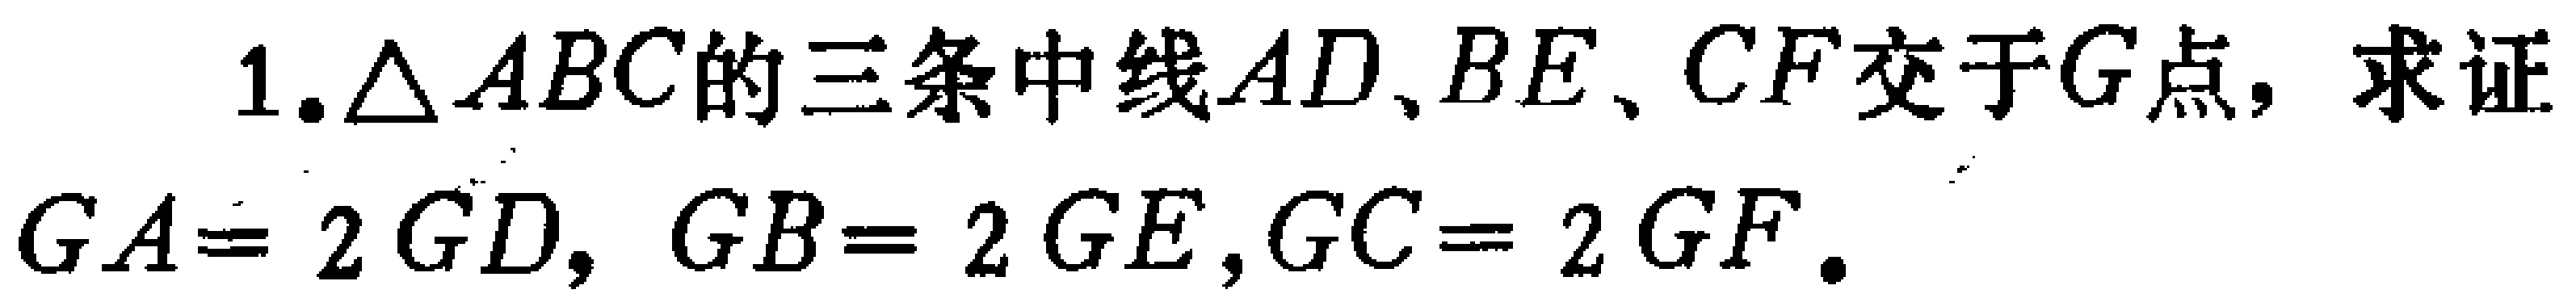
1. $\triangle ABC$的三条中线$AD、BE、CF$交于$G$点，求证$GA = 2GD, GB = 2GE, GC = 2GF.$